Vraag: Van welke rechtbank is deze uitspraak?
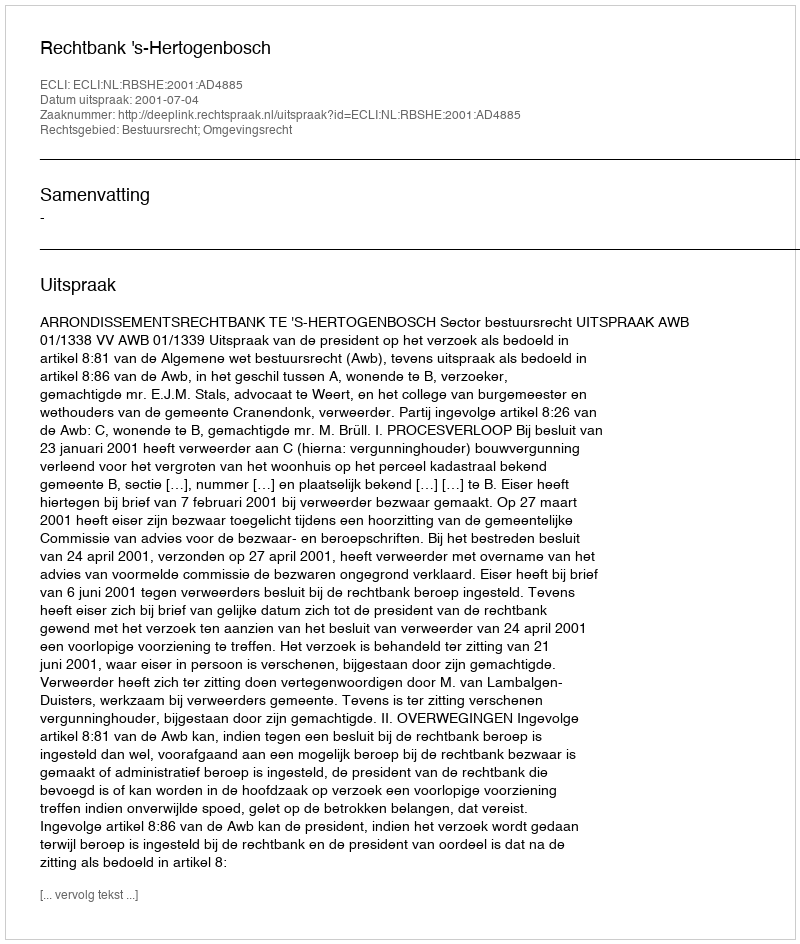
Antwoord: Rechtbank 's-Hertogenbosch